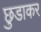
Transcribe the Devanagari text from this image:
छुडाकर